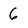
Character: 6